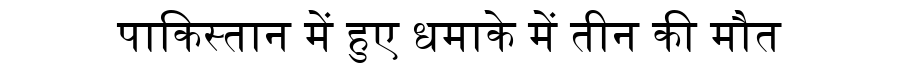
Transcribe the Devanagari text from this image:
पाकिस्तान में हुए धमाके में तीन की मौत